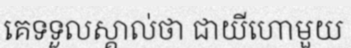
គេទទួលស្គាល់ថា ជាយីហោមួយ